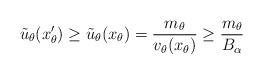
LaTeX: \begin{align*}\tilde{u}_{\theta}(x_{\theta}')\geq\tilde{u}_{\theta}(x_{\theta})=\frac{m_{\theta}}{v_{\theta}(x_{\theta})}\geq\frac{m_{\theta}}{B_{\alpha}}\end{align*}